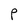
Character: P